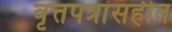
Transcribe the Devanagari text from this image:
वृत्तपत्रांसहीत